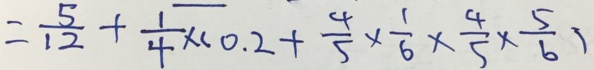
= \frac { 5 } { 1 2 } + \frac { 1 } { 4 } \times ( 0 . 2 + \frac { 4 } { 5 } \times \frac { 1 } { 6 } \times \frac { 4 } { 5 } \times \frac { 5 } { 6 } )